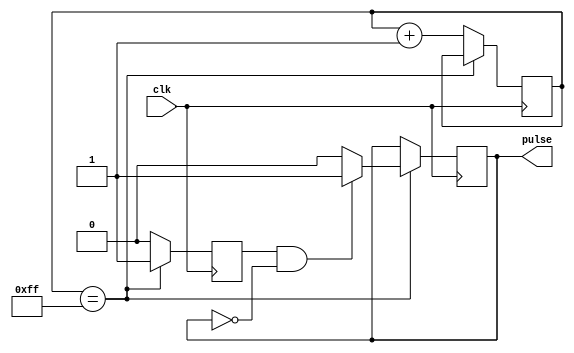
module falling_edge_pulse_generator (
    input wire clk,
    output reg pulse
);

reg [7:0] delay_counter;
reg sync_pulse;

always @(posedge clk) begin
    if (delay_counter == 8'd255) begin
        sync_pulse <= 1'b1;
        if (sync_pulse && !pulse) begin
            pulse <= 1'b1;
        end else begin
            pulse <= 1'b0;
        end
    end else begin
        sync_pulse <= 1'b0;
        delay_counter <= delay_counter + 1;
    end
end

endmodule